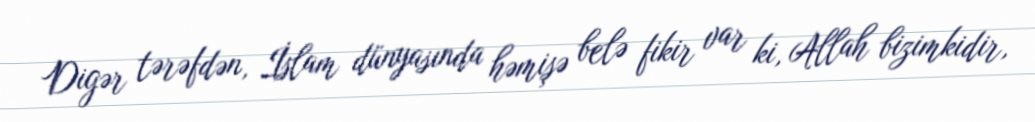
Digər tərəfdən, İslam dünyasında həmişə belə fikir var ki, Allah bizimkidir,